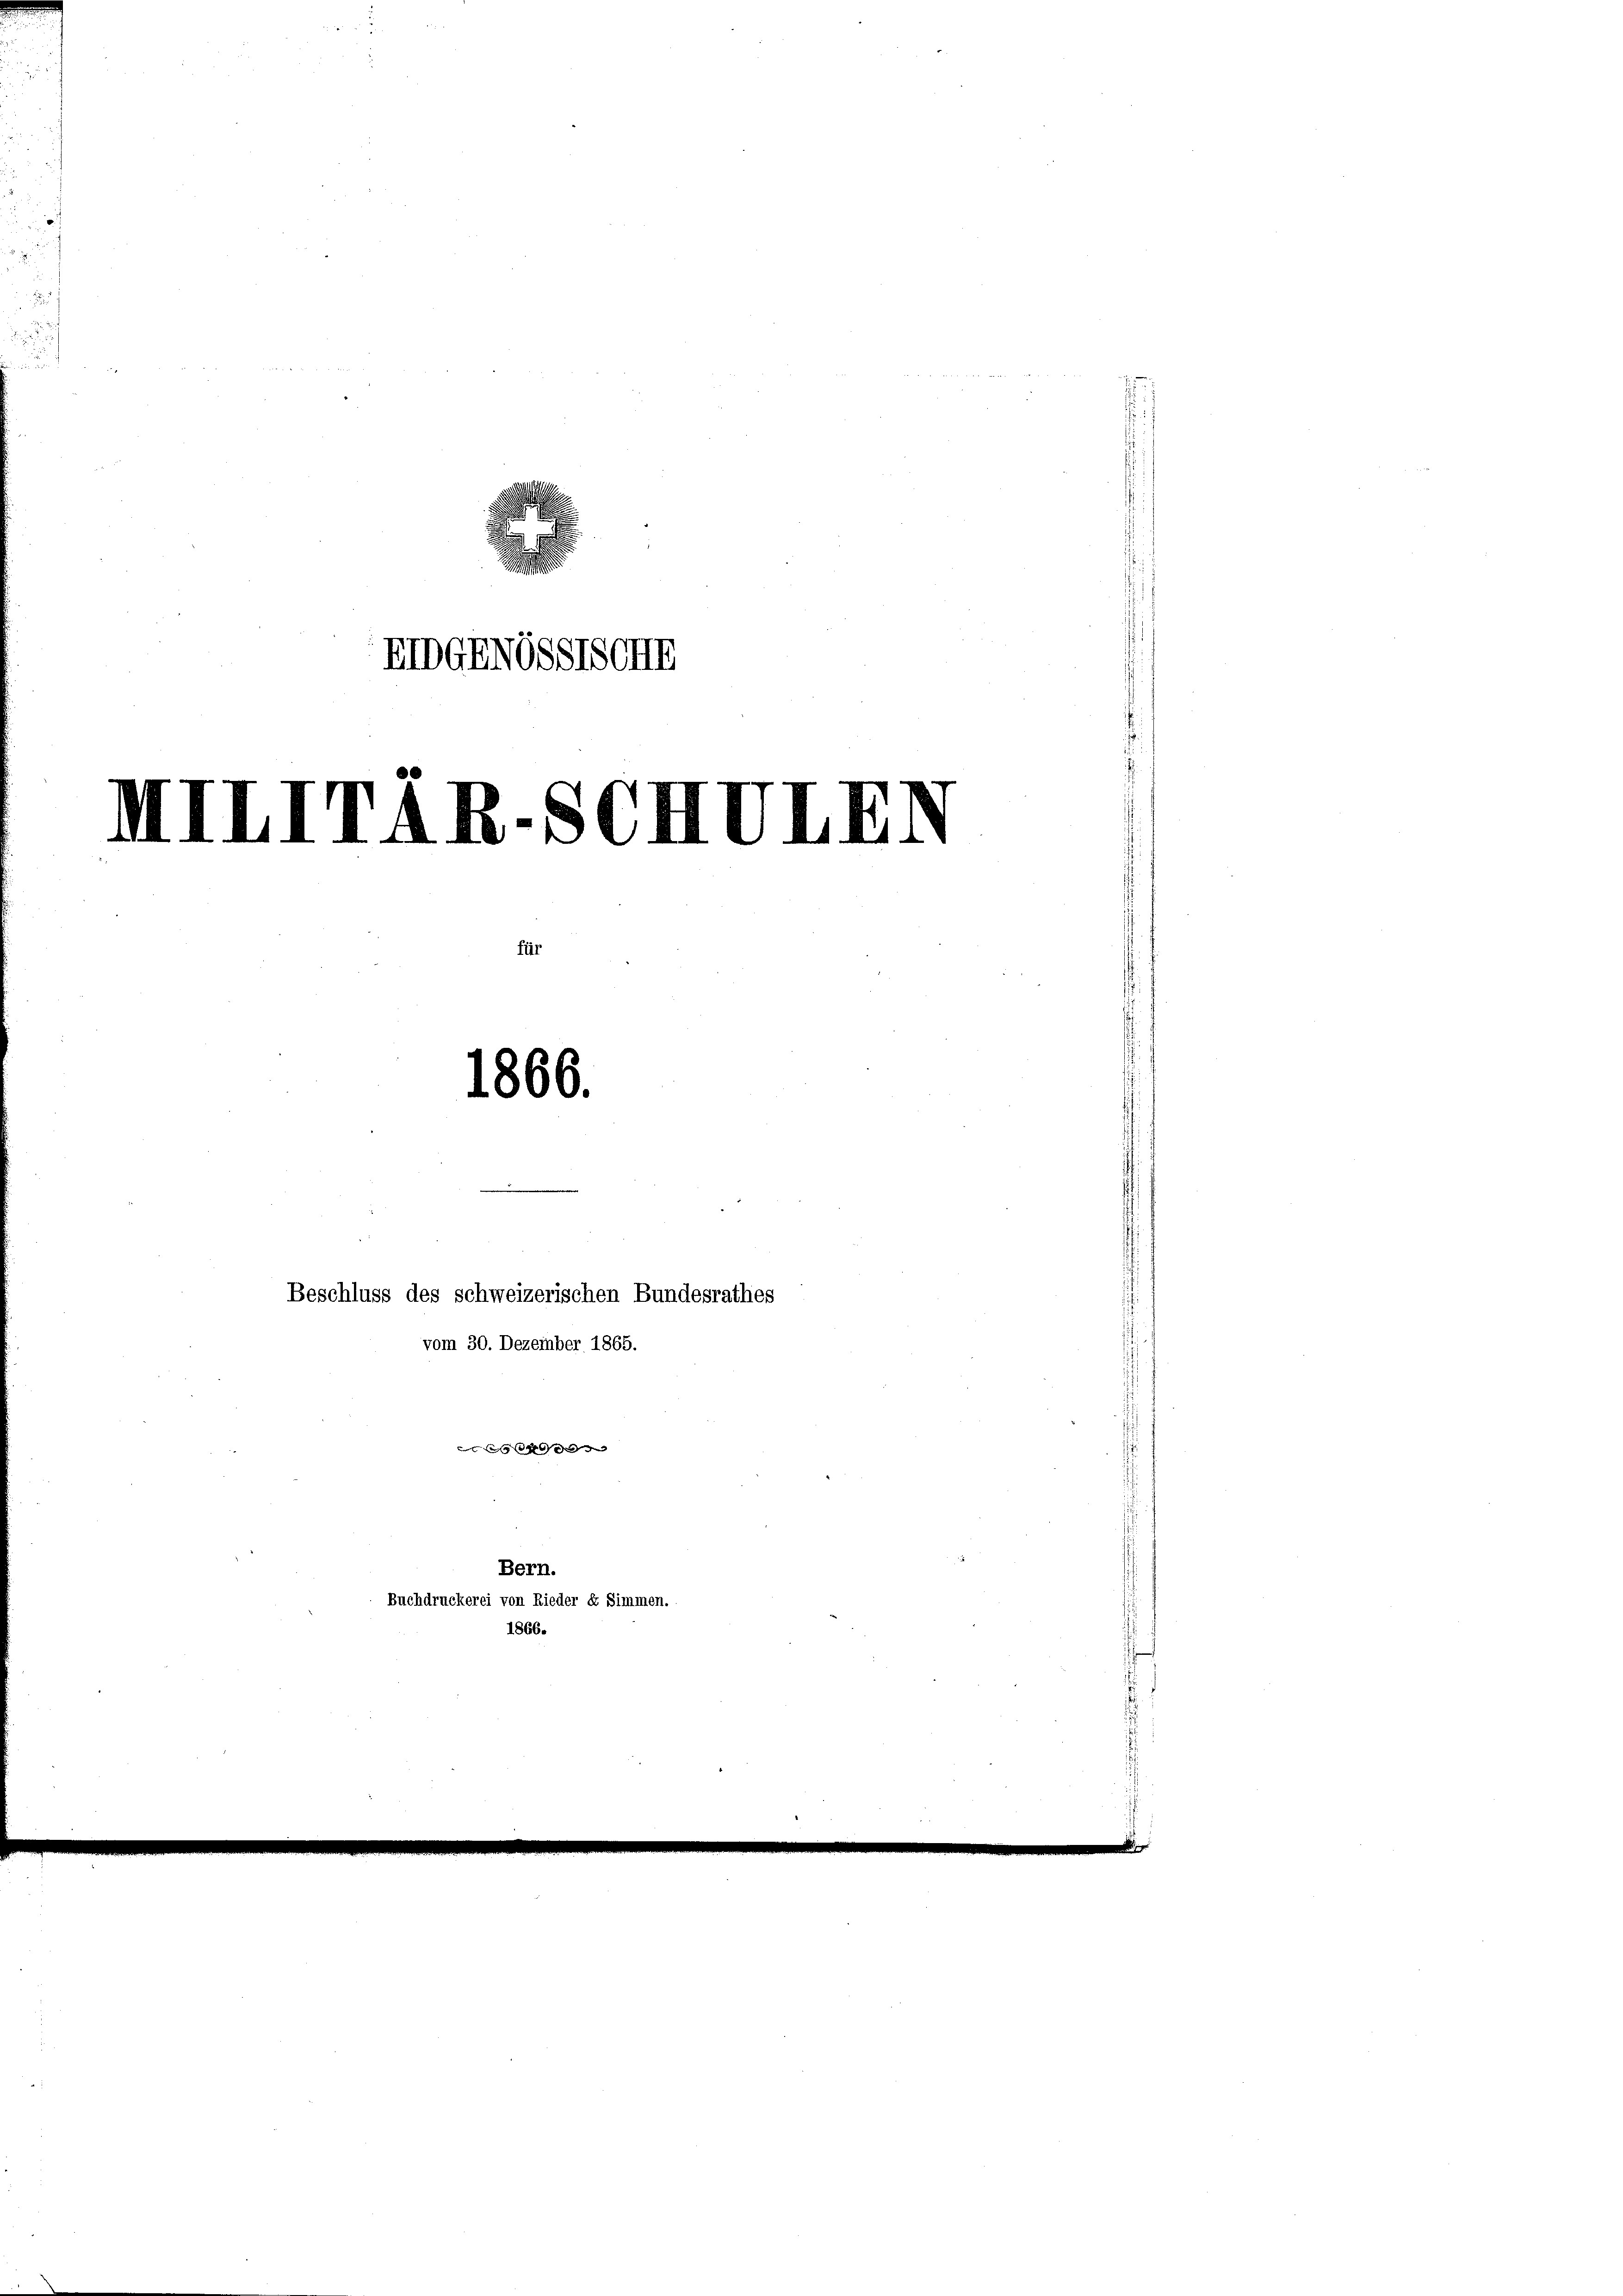
EIDGENGSSTSGII

für

MIIITAR.SCH

1866.

Beschluss des schweizerischen Bundesrathes
vom 30. Dezember 1865.
a e g e g

Bern.
Buchdruckerei von Rieder dr Simmen.

s

4

1866.

d